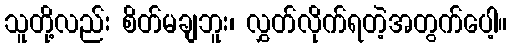
သူတို့လည်း စိတ်မချဘူး၊ လွှတ်လိုက်ရတဲ့အတွက်ပေါ့။